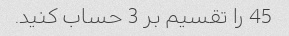
45 را تقسیم بر 3 حساب کنید.